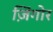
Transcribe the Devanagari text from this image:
ज़िंगोर